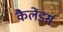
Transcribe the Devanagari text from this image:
कैलेंडर्स